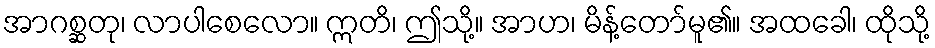
အာဂစ္ဆတု၊ လာပါစေလော။ ဣတိ၊ ဤသို့။ အာဟ၊ မိန့်တော်မူ၏။ အထခေါ၊ ထိုသို့